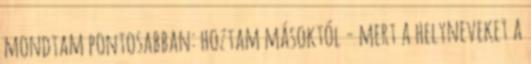
mondtam pontosabban: hoztam másoktól - mert a helyneveket a